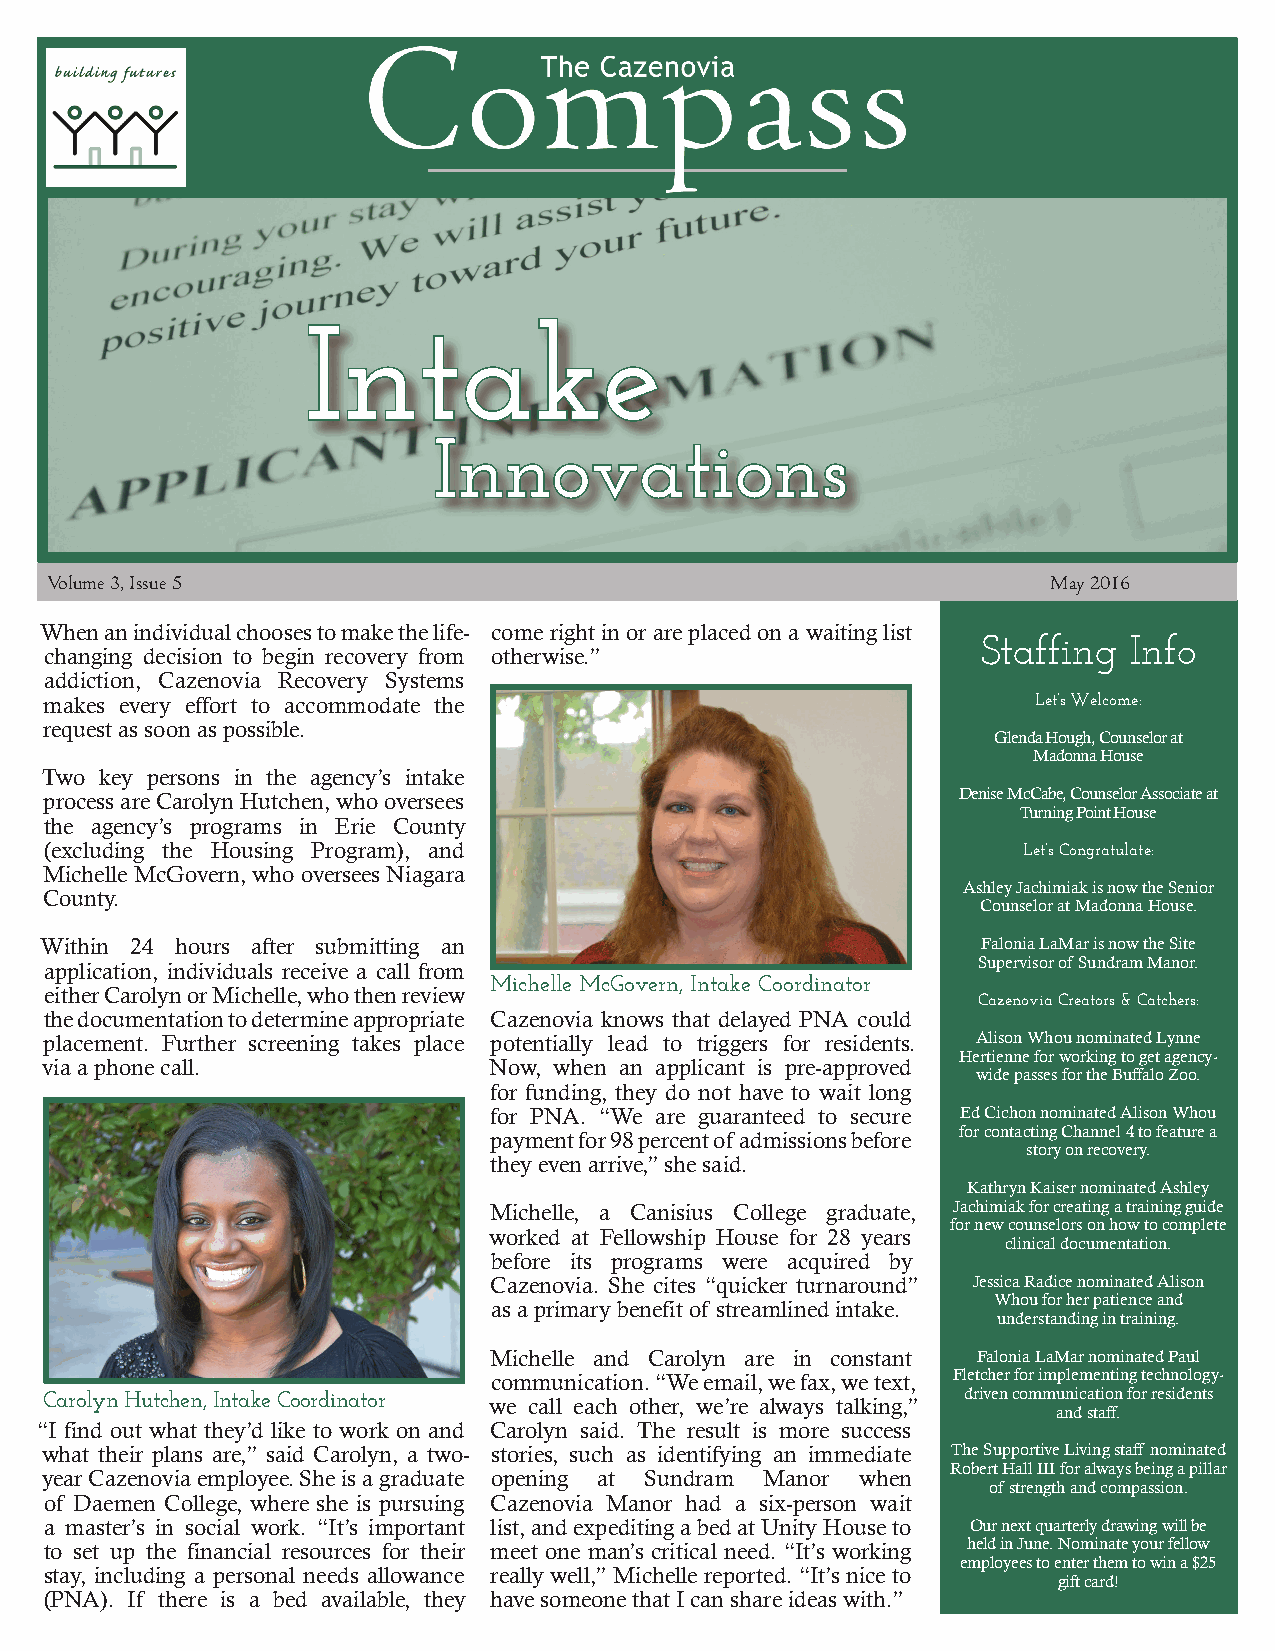
Intake
 Innovations
 Volume 3, Issue 5                                                  May 2016
 When an individual chooses to make the life- come right in or are placed on a waiting list
 Staffing  Info
 changing decision to begin recovery from otherwise.”
 addiction, Cazenovia Recovery Systems
 makes every effort to accommodate the                             Let’s Welcome:
 request as soon as possible.
 Glenda Hough, Counselor at
 Madonna House
 Two key persons in the agency’s intake
 process are Carolyn Hutchen, who oversees                   Denise McCabe, Counselor Associate at
 Turning Point House
 the agency’s programs in Erie County
 (excluding the Housing Program), and                             Let’s Congratulate:
 Michelle McGovern, who oversees Niagara
 Ashley Jachimiak is now the Senior
 County.
 Counselor at Madonna House.
 Within 24 hours after submitting an                           Falonia LaMar is now the Site
 application, individuals receive a call from                  Supervisor of Sundram Manor.
 Michelle McGovern, Intake Coordinator
 either Carolyn or Michelle, who then review
 Cazenovia Creators & Catchers:
 the documentation to determine appropriate Cazenovia knows that delayed PNA could
 placement. Further screening takes place potentially lead to triggers for residents. Alison Whou nominated Lynne
 Hertienne for working to get agency-
 via a phone call.            Now, when an applicant is pre-approved
 wide passes for the Buffalo Zoo.
 for funding, they do not have to wait long
 for PNA. “We are guaranteed to secure Ed Cichon nominated Alison Whou
 for contacting Channel 4 to feature a
 payment for 98 percent of admissions before
 story on recovery.
 they even arrive,” she said.
 Kathryn Kaiser nominated Ashley
 Michelle, a Canisius College graduate, Jachimiak for creating a training guide
 for new counselors on how to complete
 worked at Fellowship House for 28 years
 clinical documentation.
 before its programs were acquired by
 Cazenovia. She cites “quicker turnaround” Jessica Radice nominated Alison
 Whou for her patience and
 as a primary benefit of streamlined intake.
 understanding in training.
 Michelle and Carolyn are in constant Falonia LaMar nominated Paul
 communication. “We email, we fax, we text, Fletcher for implementing technology-
 Carolyn Hutchen, Intake Coordinator we call each other, we’re always talking,” driven communication for residents
 and staff.
 “I find out what they’d like to work on and Carolyn said. The result is more success
 what their plans are,” said Carolyn, a two- stories, such as identifying an immediate The Supportive Living staff nominated
 Robert Hall III for always being a pillar
 year Cazenovia employee. She is a graduate opening at Sundram Manor when
 of strength and compassion.
 of Daemen College, where she is pursuing Cazenovia Manor had a six-person wait
 a master’s in social work. “It’s important list, and expediting a bed at Unity House to Our next quarterly drawing will be
 to set up the financial resources for their meet one man’s critical need. “It’s working held in June. Nominate your fellow
 employees to enter them to win a $25
 stay, including a personal needs allowance really well,” Michelle reported. “It’s nice to
 gift card!
 (PNA). If there is a bed available, they have someone that I can share ideas with.”